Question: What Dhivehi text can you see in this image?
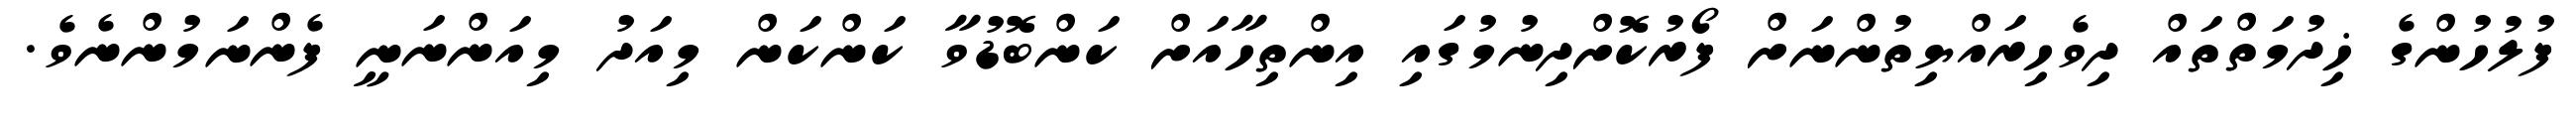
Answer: ފުލުހުންގެ ޚިދުމަތްތައް ދިވެހިރައްޔިތުންނަށް ފޯރުކޮށްދިނުމުގައި އިންތިހާއަށް ކަންބޮޑުވާ ކަންކަން މިއަދު މިއަންނަނީ ފެންނަމުންނެވެ.